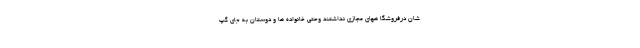
شان درفروشگا ههای مجازی نداشتند وحتی خانواده ها و دوستان به جای گپ